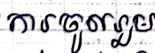
ការចូលរួម